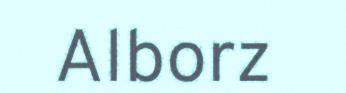
Alborz